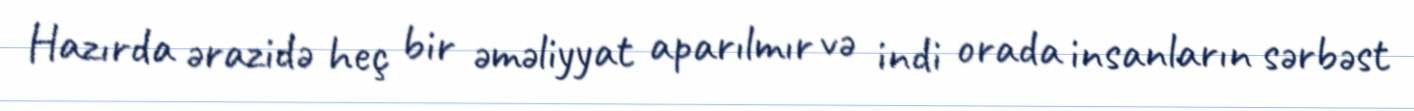
Hazırda ərazidə heç bir əməliyyat aparılmır və indi orada insanların sərbəst